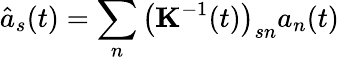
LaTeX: \hat{a}_{s}(t)=\sum_{n}\left({\mathbf K}^{-1}(t)\right)_{sn}a_{n}(t)